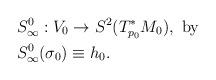
LaTeX: \begin{align*}&S_{\infty}^0: V_0 \rightarrow S^2(T^*_{p_0}M_0), \mbox{ by}\\&S_{\infty}^{0}(\sigma_{0})\equiv h_{0}. \end{align*}